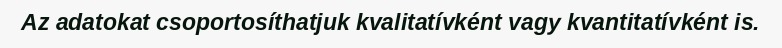
Az adatokat csoportosíthatjuk kvalitatívként vagy kvantitatívként is.